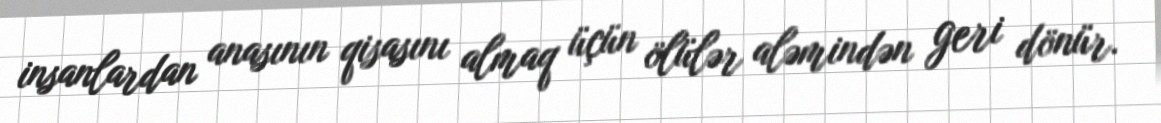
insanlardan anasının qisasını almaq üçün ölülər aləmindən geri dönür.